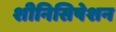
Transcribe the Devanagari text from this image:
शीनिसिषेशन